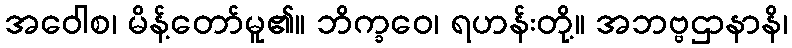
အဝေါစ၊ မိန့်တော်မူ၏။ ဘိက္ခဝေ၊ ရဟန်းတို့။ အဘဗ္ဗဌာနာနိ၊